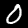
Label: 0